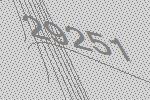
29251